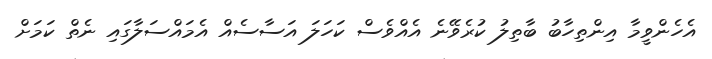
އެހެންވީމާ އިންތިހާބު ބާތިލު ކުރެވޭނެ އެއްވެސް ކަހަލަ އަސާސެއް އެމައްސަލާގައި ނެތް ކަމަށް